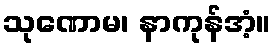
သုဏောမ၊ နာကုန်အံ့။